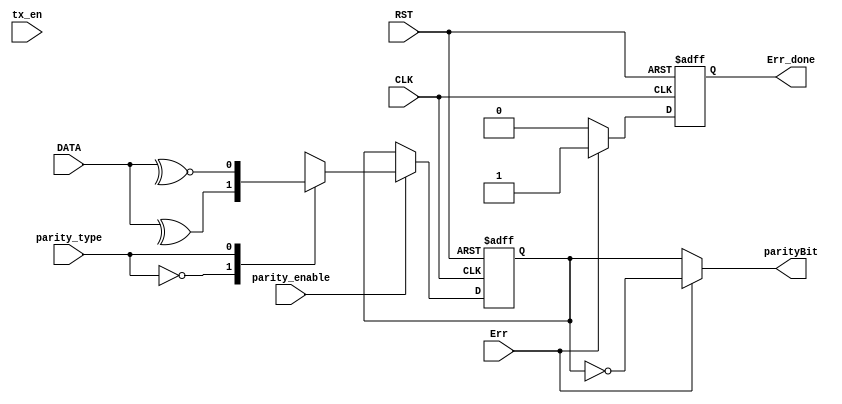
module Parity (
 input   wire       CLK,
 input   wire       RST,
 input   wire       tx_en,
 input   wire       parity_enable,
 input   wire       parity_type,
 input   wire       Err, 
 input   wire [7:0] DATA,
 output  reg        Err_done,
 output  reg        parityBit 

);

reg parity, Err_done_reg;

always @ (posedge CLK or negedge RST)
begin
  if(!RST)
   begin
    parity <= 1'b0 ;
   end
  else 
   begin
    if (parity_enable)
	 begin
	  case(parity_type)
	  1'b0 : begin                 
	          parity <= ^DATA ;     // Even Parity
	         end
	  1'b1 : begin
	          parity <= ~^DATA ;     // Odd Parity
	         end		
	  endcase       	 
	 end
   end
end 

always @(*) begin
    if(Err)
    begin
        parityBit = ~parity;
        Err_done_reg = 1'b1;
    end
    else begin
        parityBit = parity;
        Err_done_reg = 1'b0;
    end
 end


always @(posedge CLK, negedge RST) begin
    if (!RST)
    begin
        Err_done <= 1'b0;
    end
    else begin 
        Err_done <= Err_done_reg;
    end

end

endmodule